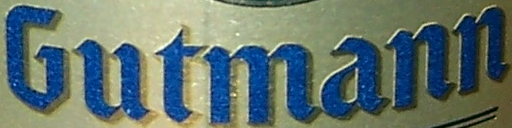
Gutmann